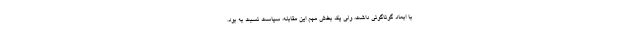
با ابعاد گوناگونی داشت، ولی یک بخش مهم این مقابله، سیاست نسبت به بود.